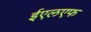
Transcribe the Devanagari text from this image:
ईएलएफ